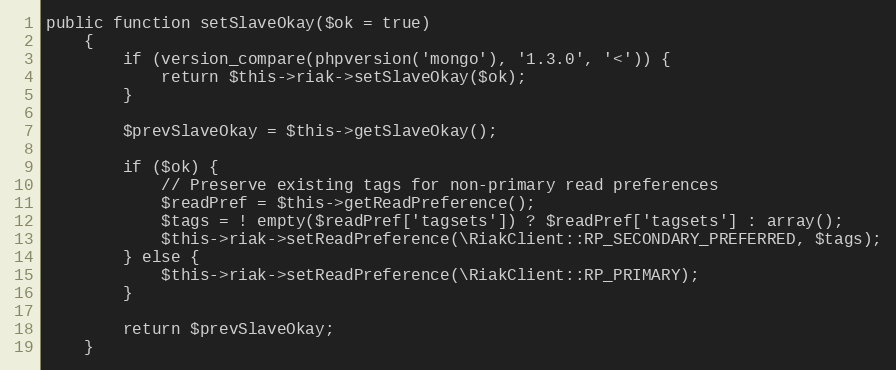
Language: PHP
public function setSlaveOkay($ok = true)
    {
        if (version_compare(phpversion('mongo'), '1.3.0', '<')) {
            return $this->riak->setSlaveOkay($ok);
        }

        $prevSlaveOkay = $this->getSlaveOkay();

        if ($ok) {
            // Preserve existing tags for non-primary read preferences
            $readPref = $this->getReadPreference();
            $tags = ! empty($readPref['tagsets']) ? $readPref['tagsets'] : array();
            $this->riak->setReadPreference(\RiakClient::RP_SECONDARY_PREFERRED, $tags);
        } else {
            $this->riak->setReadPreference(\RiakClient::RP_PRIMARY);
        }

        return $prevSlaveOkay;
    }